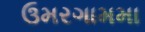
ઉમરગામમા